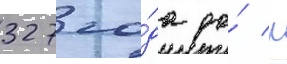
327 го́да до́ н